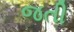
જતી